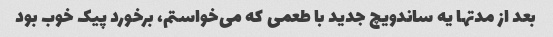
بعد از مدتها یه ساندویچ جدید با طعمی که می‌خواستم، برخورد پیک خوب بود